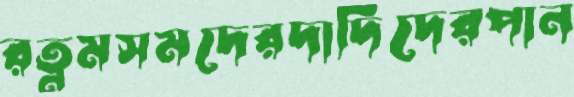
রত্নমসমদেরদাদিদেরপান